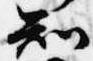
知